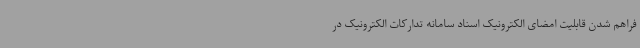
فراهم شدن قابلیت امضای الکترونیک اسناد سامانه تدارکات الکترونیک در